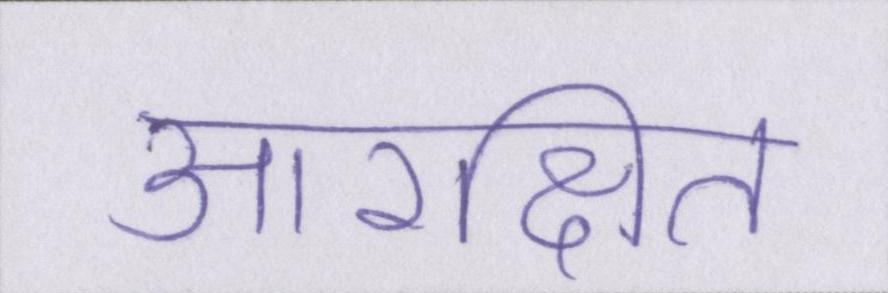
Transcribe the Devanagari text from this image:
आरक्षित